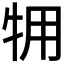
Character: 𱭫